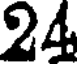
24